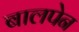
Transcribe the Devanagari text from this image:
बालपेन